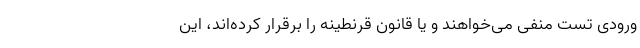
ورودی تست منفی می‌خواهند و یا قانون قرنطینه را برقرار کرده‌اند، این